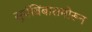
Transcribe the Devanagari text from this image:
सूर्यबिंबासमोरून